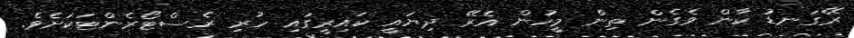
ރޭގަނޑު ކާން ވެގެން ތިން މީހުން އެރޭ ދިޔައީ ކައިރީގައި ހުރި ރެސްޓޯރެންޓަކަށެވެ.